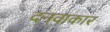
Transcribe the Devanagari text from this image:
दनवाकार